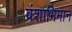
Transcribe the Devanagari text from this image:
वंशाभिमान